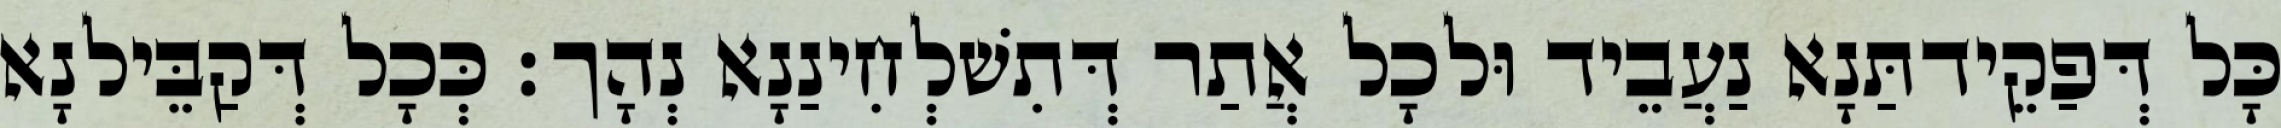
כָּל דְּפַקֵידתַּנָא נַעֲבֵיד וּלכָל אֲתַר דְּתִשׁלְחִינַנָא נְהָך׃ כְּכָל דְּקַבֵּילנָא